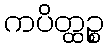
ကပိတ္ထဉ္စ